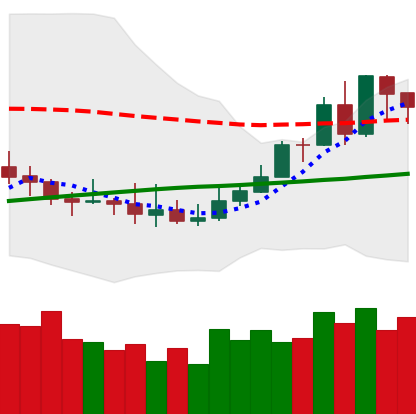
Ticker: XMR-USD
Chart end date: 2019-08-09
Forward return: -15.936%
Label: down_7plus